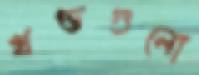
খণ্ডগুলো